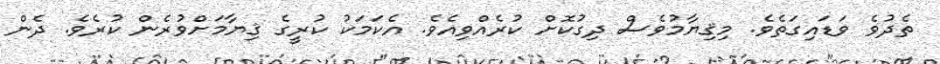
ތެދުވެ ވަޑައިގަތެވެ. މިޤިޔާމުވެސް ދިގުކޮށް ކުރެއްވިއެވެ. އެކަމަކު ކުރީގެ ޤިޔާމަށްވުރެން ކުރެވެ. ދެން